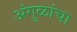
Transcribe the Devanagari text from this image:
अंगुळांचा